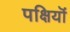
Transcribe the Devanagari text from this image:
पक्षियॊं